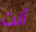
أنت